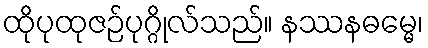
ထိုပုထုဇဉ်ပုဂ္ဂိုလ်သည်။ နဿနဓမ္မေ၊